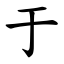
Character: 于